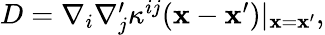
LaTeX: \begin{array}{r}{D=\nabla_{i}\nabla_{j}^{\prime}\kappa^{ij}({\mathbf x}-{\mathbf x}^{\prime})\vert_{{\mathbf x}={\mathbf x}^{\prime}},}\end{array}